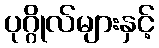
ပုဂ္ဂိုလ်များနှင့်